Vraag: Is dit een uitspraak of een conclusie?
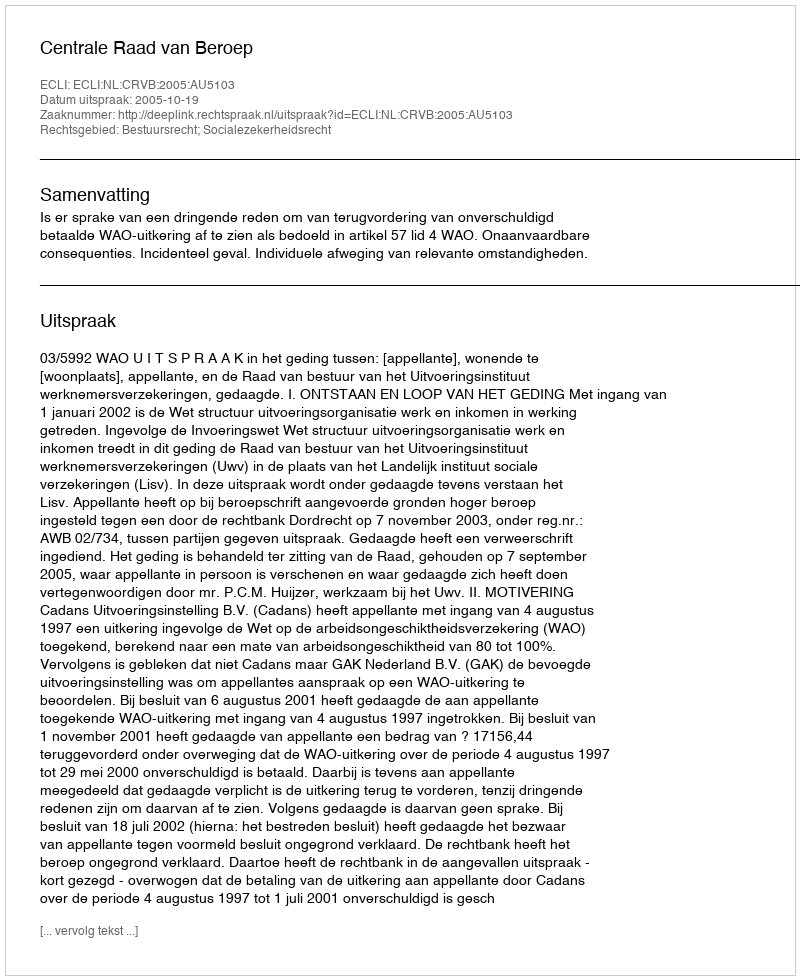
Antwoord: Uitspraak